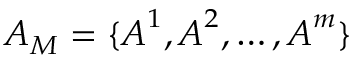
\boldsymbol { A } _ { M } = \{ \boldsymbol { A } ^ { 1 } , \boldsymbol { A } ^ { 2 } , \ldots , \boldsymbol { A } ^ { m } \}